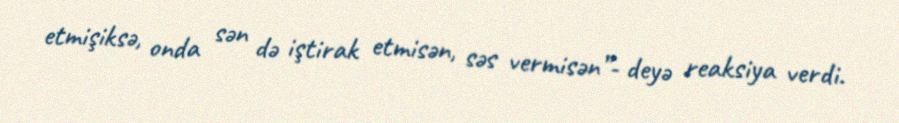
etmişiksə, onda sən də iştirak etmisən, səs vermisən”- deyə reaksiya verdi.